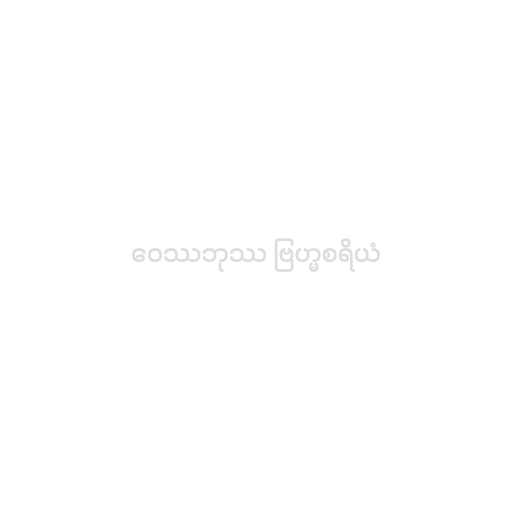
ဝေဿဘုဿ ဗြဟ္မစရိယံ